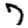
Digit: 7